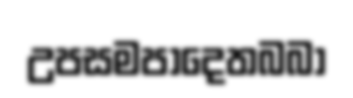
උපසමපාදෙතබබා